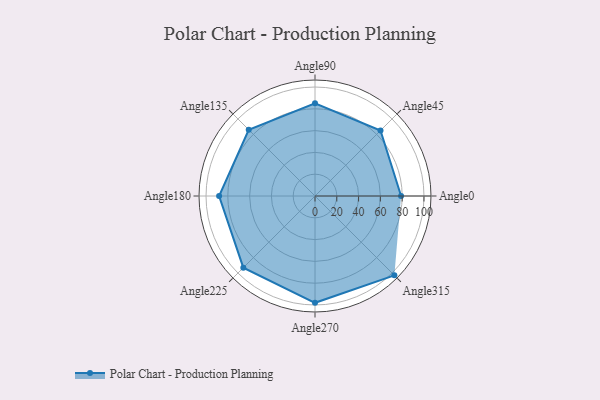
{"axis": {"x": "Angle", "y": "Radius"}, "legend": [""], "data": [{"x": "Angle0", "y": 79.0, "type": ""}, {"x": "Angle45", "y": 85.0, "type": ""}, {"x": "Angle90", "y": 85.0, "type": ""}, {"x": "Angle135", "y": 86.0, "type": ""}, {"x": "Angle180", "y": 88.0, "type": ""}, {"x": "Angle225", "y": 93.0, "type": ""}, {"x": "Angle270", "y": 98.0, "type": ""}, {"x": "Angle315", "y": 103.0, "type": ""}]}